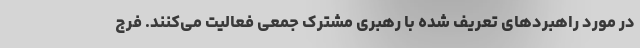
در مورد راهبرد‌های تعریف شده با رهبری مشترک جمعی فعالیت می‌کنند. فرج